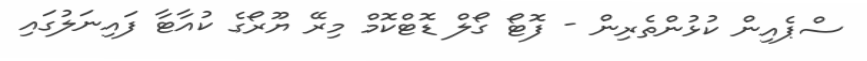
ސްޕެއިން ކުޅުންތެރިން - ފޮޓޯ ގޯލް ޑޮޓްކޮމް މިރޭ ޔޫރޯގެ ކުއާޓާ ފައިނަލުގައި